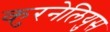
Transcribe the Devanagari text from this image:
कुरनेलियुस